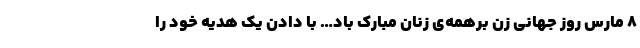
8 مارس روز جهانی زن برهمه‌ی زنان مبارک باد… با دادن یک هدیه خود را